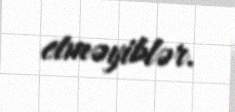
etməyiblər.